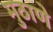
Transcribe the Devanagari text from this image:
मुठाणे